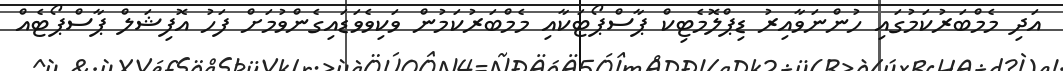
އަދި މެމްބަރުކަމުގައި ހުންނަވާއިރު ޑިޕްލޮމެޓިކް ޕާސްޕޯޓަކާއި މެމްބަރުކަމުން ވަކިވެވަޑައިގެންވުމަށް ފަހު އޮފިޝަލް ޕާސްޕޯޓެއް